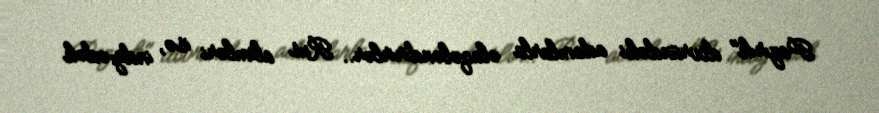
Pazırık" dövründəki adamlarla əlaqələndirirlər.. Rus alimləri isə, indiyədək